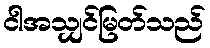
ငါအသျှင်မြတ်သည်